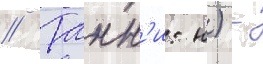
// Танн'и: н) -